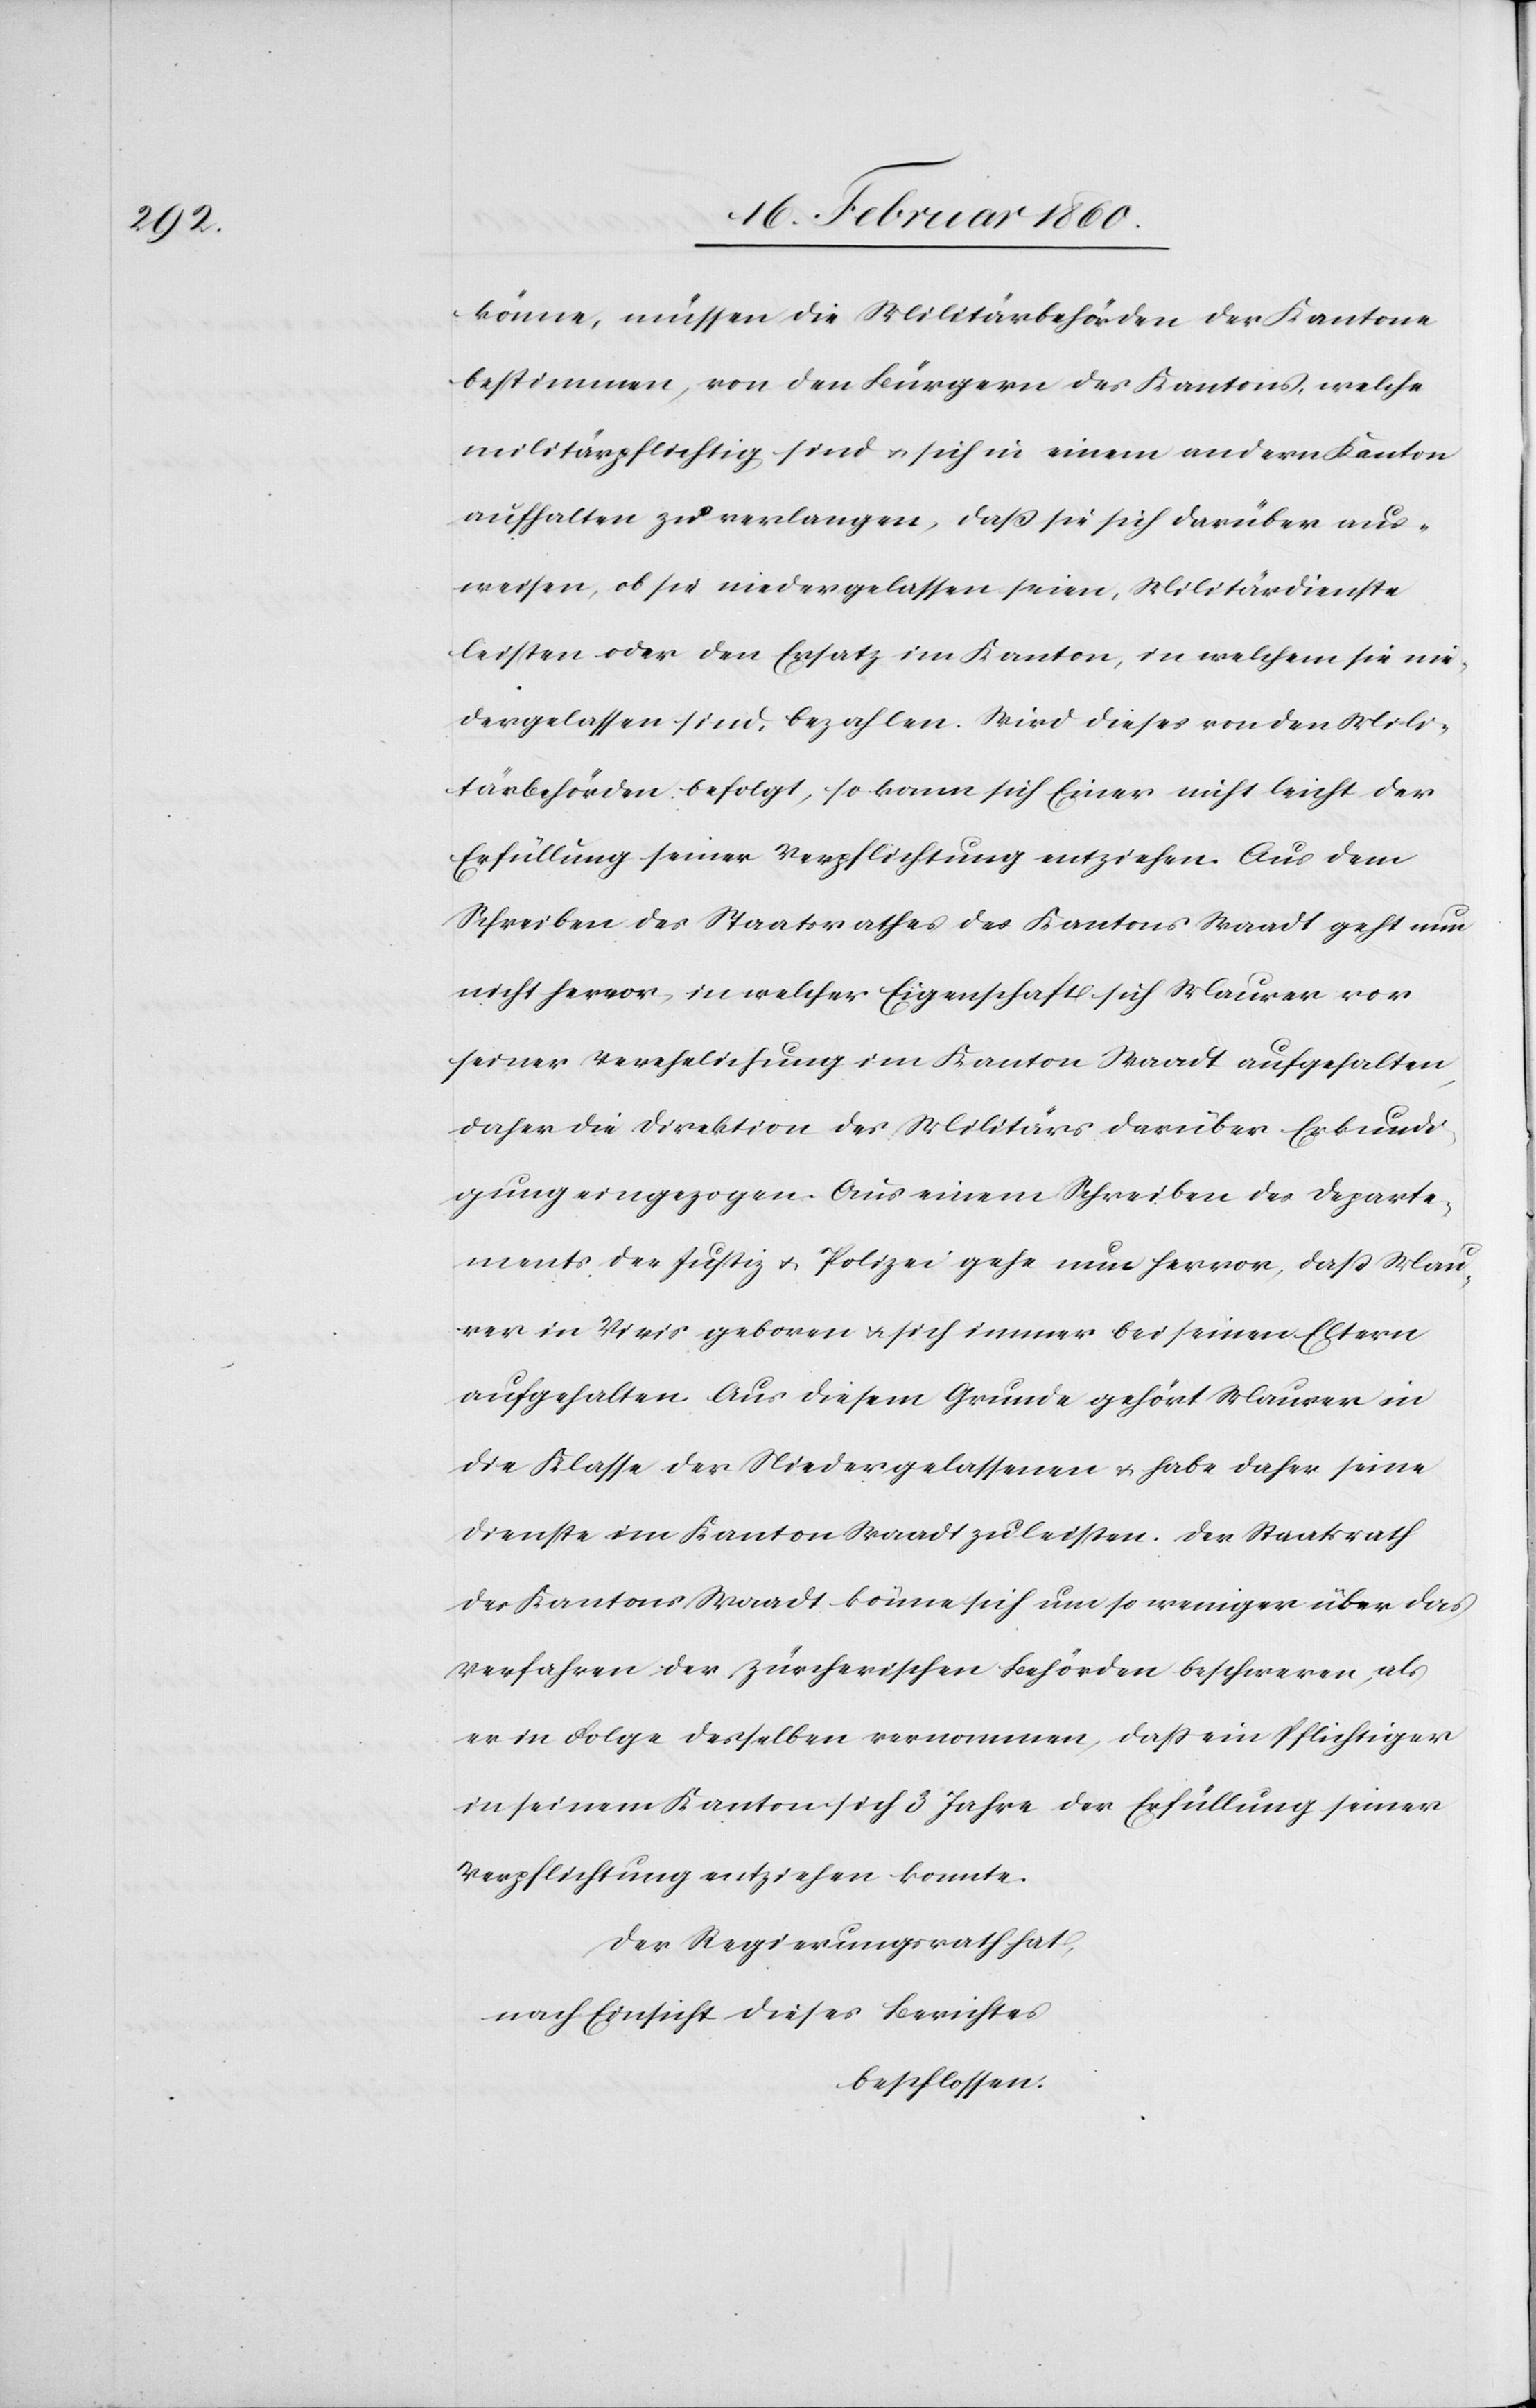
könne, müssen die Militärbehörden der Kantone
bestimmen, von den Bürgern des Kantons, welche
militärpflichtig sind, u. sich in einem andern Kanton
aufhalten zu verlangen, dass sie sich darüber aus¬
weisen, ob sie niedergelassen seien, Militärdienste
leisten oder den Ersatz im Kanton, in welchem sie nie¬
dergelassen sind, bezahlen. Wird dieses von den Mili¬
tärbehörden befolgt, so kann sich Einer nicht leicht der
Erfüllung seiner Verpflichtung entziehen. Aus dem
Schreiben des Staatsrathes des Kantons Waadt geht nun
nicht hervor, in welcher Eigenschaft sich Maurer vor
seiner Verehelichung im Kanton Waadt aufgehalten,
daher die Direktion des Militärs darüber Erkundi¬
gung eingezogen. Aus einem Schreiben des Departe¬
ments der Justiz u. Polizei gehe nun hervor, dass Mau¬
rer in Vivis geboren u. sich immer bei seinen Eltern
aufgehalten. Aus diesem Grunde gehört Maurer in
die Klasse der Niedergelassenen u. habe daher seine
Dienste im Kanton Waadt zu leisten. Der Staatsrath
des Kantons Waadt könne sich um so weniger über das
Verfahren der zürcherischen Behörden beschweren, als
er in Folge derselben vernommen, dass ein Pflichtiger
in seinem Kanton sich 3 Jahre der Erfüllung seiner
Verpflichtung entziehen konnte.
Der Regierungsrath hat,
nach Einsicht dieses Berichtes
beschlossen: